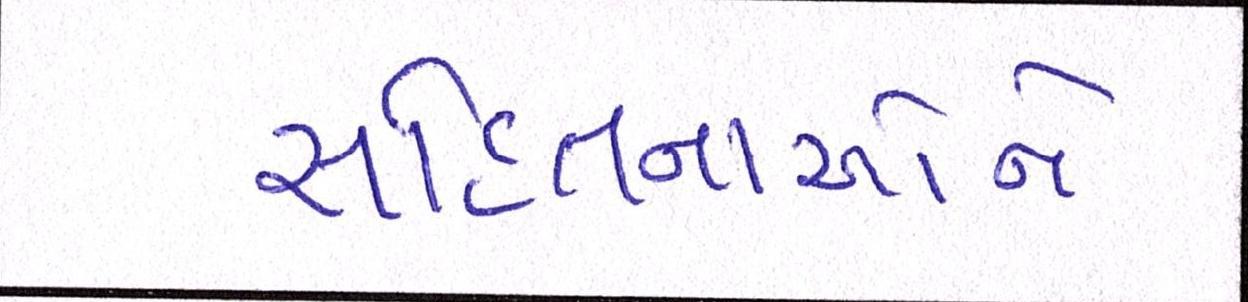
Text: સહિતનાઓને